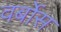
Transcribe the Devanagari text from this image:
वर्बोस